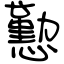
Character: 懃